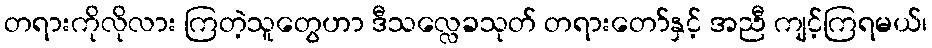
တရားကိုလိုလား ကြတဲ့သူတွေဟာ ဒီသလ္လေခသုတ် တရားတော်နှင့် အညီ ကျင့်ကြရမယ်၊